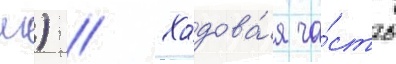
лв) // Ходова́я ча́сть